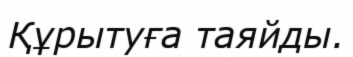
Құрытуға таяйды.